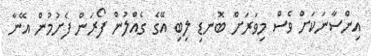
އިންސާނަކަށް ވެސް މިވަރަށް ބޮނޑި ލިބި އޭގެ ގެއްލުން ފޯރަން ފެށުމުން އޭނާ